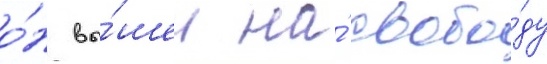
о́н вы́шел на́ свобо́ду